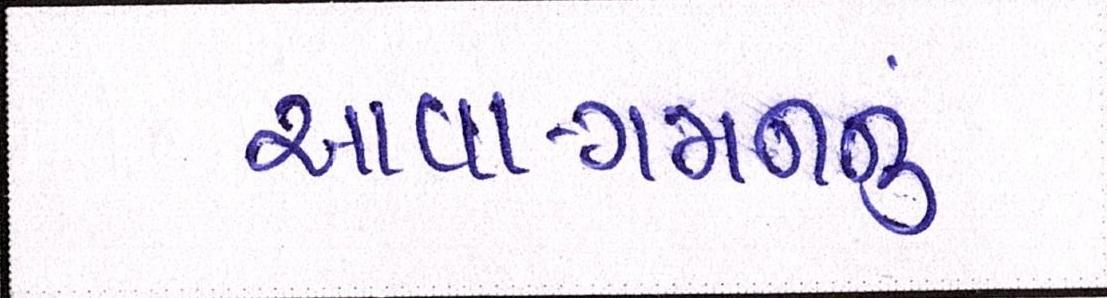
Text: આવા-ગમનનું